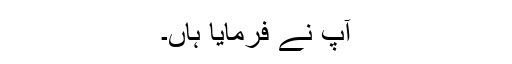
آپؐ نے فرمایا ہاں۔